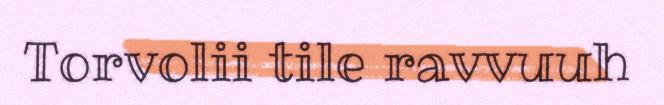
Torvolii tile ravvuuh